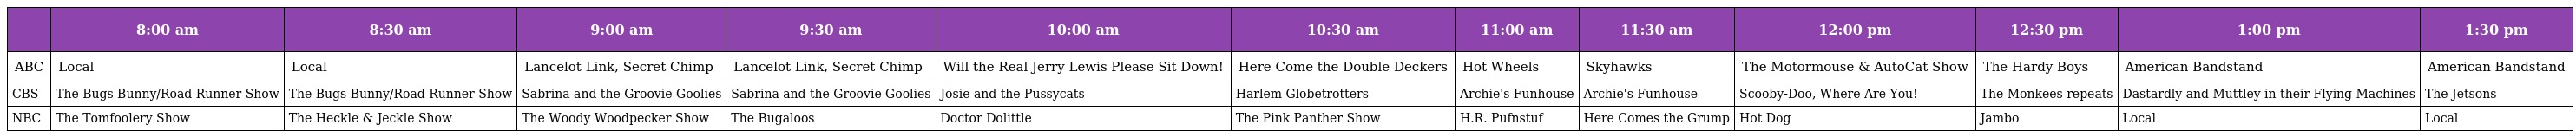
|  | 8:00 am | 8:30 am | 9:00 am | 9:30 am | 10:00 am | 10:30 am | 11:00 am | 11:30 am | 12:00 pm | 12:30 pm | 1:00 pm | 1:30 pm |
 | --- | --- | --- | --- | --- | --- | --- | --- | --- | --- | --- | --- | --- |
 | ABC | Local | Local | Lancelot Link, Secret Chimp | Lancelot Link, Secret Chimp | Will the Real Jerry Lewis Please Sit Down! | Here Come the Double Deckers | Hot Wheels | Skyhawks | The Motormouse & AutoCat Show | The Hardy Boys | American Bandstand | American Bandstand |
 | CBS | The Bugs Bunny/Road Runner Show | The Bugs Bunny/Road Runner Show | Sabrina and the Groovie Goolies | Sabrina and the Groovie Goolies | Josie and the Pussycats | Harlem Globetrotters | Archie's Funhouse | Archie's Funhouse | Scooby-Doo, Where Are You! | The Monkees repeats | Dastardly and Muttley in their Flying Machines | The Jetsons |
 | NBC | The Tomfoolery Show | The Heckle & Jeckle Show | The Woody Woodpecker Show | The Bugaloos | Doctor Dolittle | The Pink Panther Show | H.R. Pufnstuf | Here Comes the Grump | Hot Dog | Jambo | Local | Local |